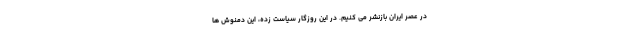
در عصر ایران بازنشر می کنیم. در این روزگار سیاست زده، این دمنوش ها